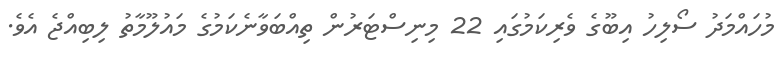
މުހައްމަދު ސޯލިހު އިބޫގެ ވެރިކަމުގައި 22 މިނިސްޓަރުން ތިއްބަވާނެކަމުގެ މައުލޫމާތު ލިބިއްޖެ އެވެ.